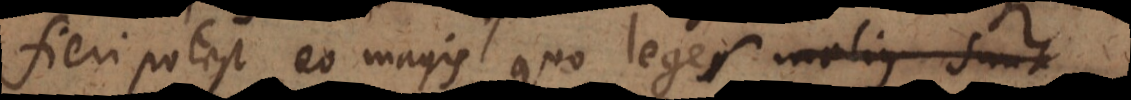
fieri potest eo magis quo leges sunt